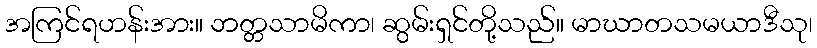
အကြင်ရဟန်းအား။ ဘတ္တသာမိကာ၊ ဆွမ်းရှင်တို့သည်။ မာဃာတသမယာဒီသု၊